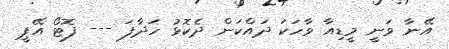
އޭނާ ވަނީ މީޑިއާ ވާހަކަ ދައްކަން ދެކޮޅު ހަދާފަ --- ފޮޓޯ އޭޕީ